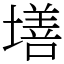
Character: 墡